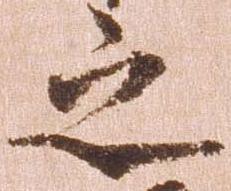
之